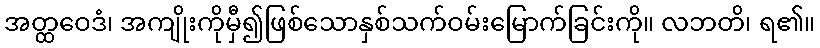
အတ္ထဝေဒံ၊ အကျိုးကိုမှီ၍ဖြစ်သောနှစ်သက်ဝမ်းမြောက်ခြင်းကို။ လဘတိ၊ ရ၏။